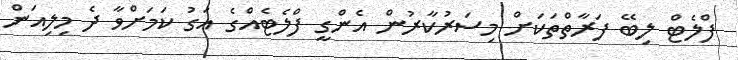
ފްލެޓް ލިބޭ ފަރާތްތަކަށް މިސަރުކާރުން އެންގީ ފްލެޓެއްގެ އަގު ކަމަށްވާ ދެ މިލިއަން